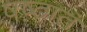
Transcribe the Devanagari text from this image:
षष्ठात